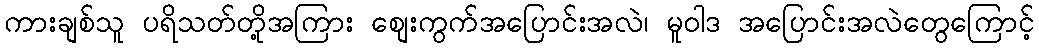
ကားချစ်သူ ပရိသတ်တို့အကြား စျေးကွက်အပြောင်းအလဲ၊ မူဝါဒ အပြောင်းအလဲတွေကြောင့်